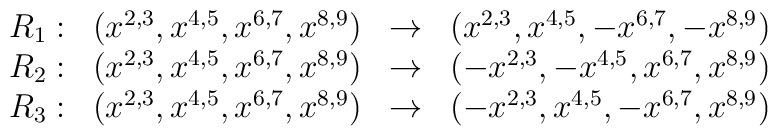
\begin{array}{c c c c}R_1:&\left(x^{2,3},x^{4,5},x^{6,7},x^{8,9}\right)&\to&\left(x^{2,3},x^{4,5},-x^{6,7},-x^{8,9}\right)\\R_2:&\left(x^{2,3},x^{4,5},x^{6,7},x^{8,9}\right)&\to&\left(-x^{2,3},-x^{4,5},x^{6,7},x^{8,9}\right)\\R_3:&\left(x^{2,3},x^{4,5},x^{6,7},x^{8,9}\right)&\to&\left(-x^{2,3},x^{4,5},-x^{6,7},x^{8,9}\right)\\\end{array}